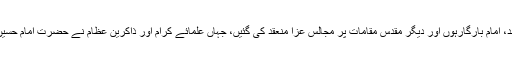
اس سلسلے کی مناسبت سے مساجد، امام بارگارہوں اور دیگر مقدس مقامات پر مجالس عزا منعقد کی گئیں، جہاں علمائے کرام اور ذاکرین عظام نے حضرت امام حسینؓ کی سیرت طیبہ پر روشنی ڈالی۔